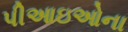
પીઆઇઓના